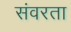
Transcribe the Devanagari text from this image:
संवरता